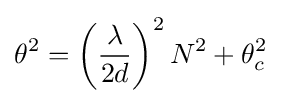
\theta ^{2}=\left({\frac {\lambda }{2d}}\right)^{2}N^{2}+\theta _{c}^{2}